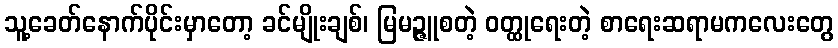
သူ့ခေတ်နောက်ပိုင်းမှာတော့ ခင်မျိုးချစ်၊ မြမဉ္ဇူစတဲ့ ဝတ္ထုရေးတဲ့ စာရေးဆရာမကလေးတွေ